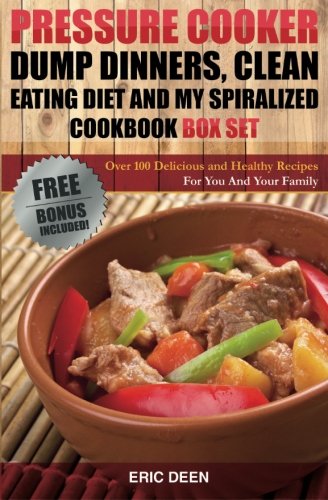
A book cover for Pressure Cooker: Dump Dinners, Clean Eating and My Spiralized Box Set: Over 100 Delicious and Healthy Recipes For You And Your Family; Eric Deen; Cookbooks, Food & Wine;